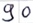
Text: 90